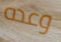
وعده